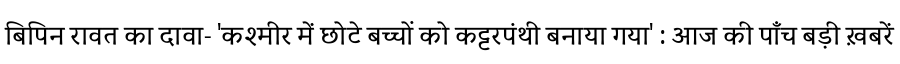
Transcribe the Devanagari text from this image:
बिपिन रावत का दावा- 'कश्मीर में छोटे बच्चों को कट्टरपंथी बनाया गया' : आज की पाँच बड़ी ख़बरें